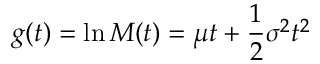
g ( t ) = \ln M ( t ) = \mu t + { \frac { 1 } { 2 } } \sigma ^ { 2 } t ^ { 2 }